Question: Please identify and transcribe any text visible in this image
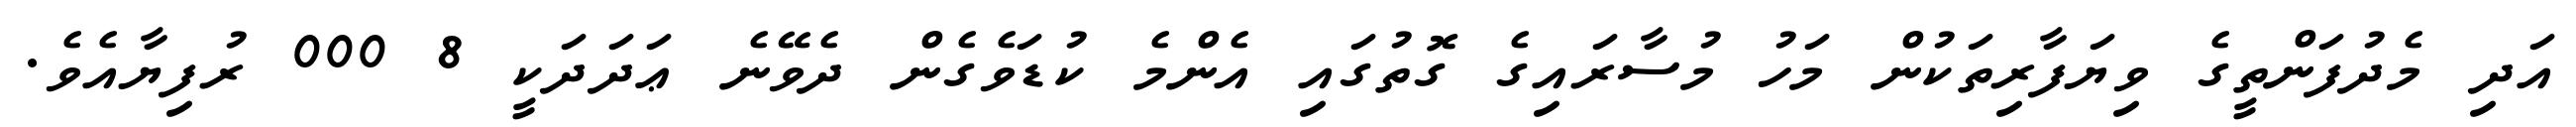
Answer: އަދި މެދުފަންތީގެ ވިޔަފާރިތަކުން މަހު މުސާރައިގެ ގޮތުގައި އެންމެ ކުޑަވެގެން ދެވޭނެ ޢަދަދަކީ 8 000 ރުފިޔާއެވެ.